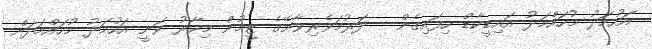
އަހުމަދު މުހައްމަދު އައިޑީކާޑް ހިފައިގެން-- ދަރުމަވެރިވާށޭގެ ޓީމުން މިހާރު ވަނީ އަހުމަދު މުހައްމަދަށް